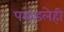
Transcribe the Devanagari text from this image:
पकडलेही